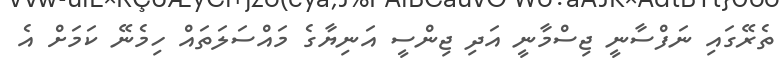
ތެރޭގައި ނަފްސާނީ ޖިސްމާނީ އަދި ޖިންސީ އަނިޔާގެ މައްސަލަތައް ހިމެނޭ ކަމަށް އެ